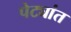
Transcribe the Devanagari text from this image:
पेट्यांत